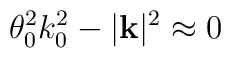
\theta ^{2}_{0}k^{2}_{0}-|\mathbf{k}|^{2}\approx 0